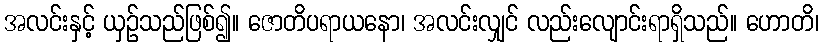
အလင်းနှင့် ယှဉ်သည်ဖြစ်၍။ ဇောတိပရာယနော၊ အလင်းလျှင် လည်းလျောင်းရာရှိသည်။ ဟောတိ၊